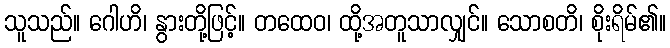
သူသည်။ ဂေါဟိ၊ နွားတို့ဖြင့်။ တထေဝ၊ ထို့အတူသာလျှင်။ သောစတိ၊ စိုးရိမ်၏။